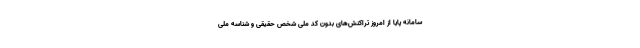
سامانه پایا از امروز تراکنش‌های بدون کد ملی شخص حقیقی و شناسه ملی